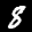
Label: 8